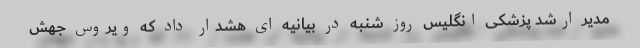
مدیر ارشد پزشکی انگلیس روز شنبه در بیانیه ای هشدار داد که ویروس جهش